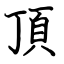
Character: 頂